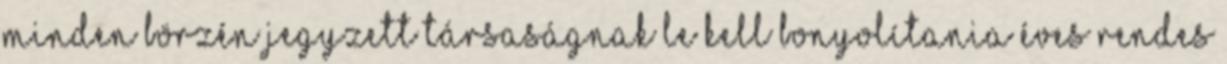
minden börzén jegyzett társaságnak le kell bonyolítania éves rendes